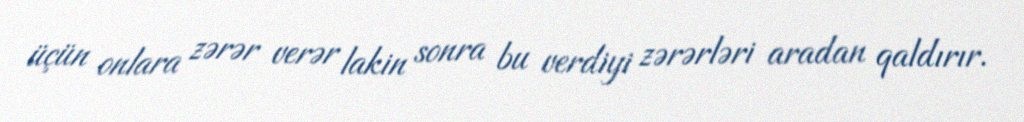
üçün onlara zərər verər lakin sonra bu verdiyi zərərləri aradan qaldırır.